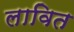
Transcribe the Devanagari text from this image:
लावित